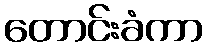
တောင်းခံကာ